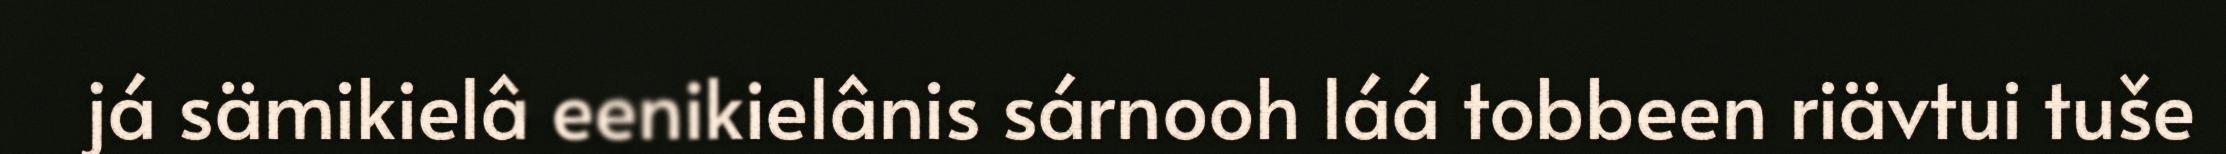
já sämikielâ eenikielânis sárnooh láá tobbeen riävtui tuše